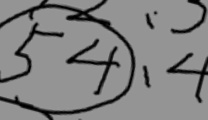
\textcircled { 5 4 } , 4